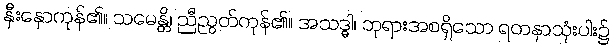
နှီးနှောကုန်၏။ သမေန္တိ၊ ညီညွတ်ကုန်၏။ အသဒ္ဓါ၊ ဘုရားအစရှိသော ရတနာသုံးပါး၌